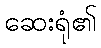
ဆေးရုံ၏